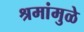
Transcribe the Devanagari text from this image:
श्रमांमुळे